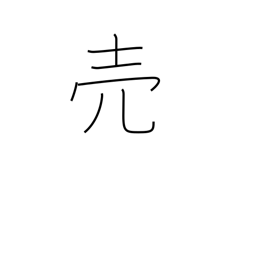
Meaning: sell